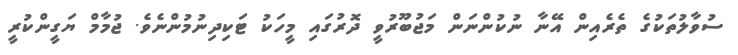
ސުވާލުތަކުގެ ތެރެއިން އޭނާ ނުކުންނަން މަޖުބޫރުވީ ދޮރުގައި މީހަކު ޓަކިދިނުމުންނެވެ. ޖުމާމް ޔަގީންކުރީ